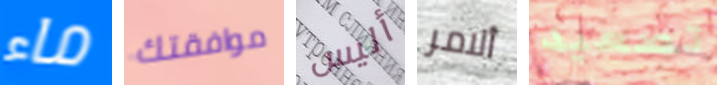
ماء موافقتك أليس ألامر تصعيد